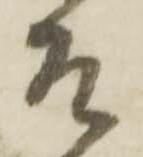
そ